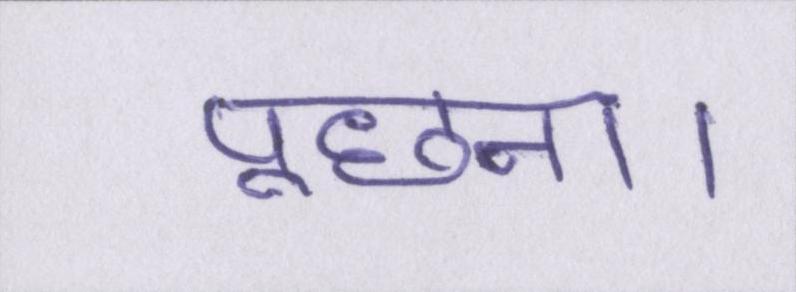
पूछना।